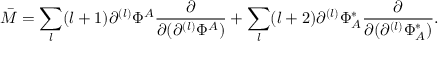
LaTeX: \bar { M } = \sum _ { l } ( l + 1 ) \partial ^ { ( l ) } \Phi ^ { A } \frac { \partial } { \partial ( \partial ^ { ( l ) } \Phi ^ { A } ) } + \sum _ { l } ( l + 2 ) \partial ^ { ( l ) } \Phi _ { A } ^ { * } \frac { \partial } { \partial ( \partial ^ { ( l ) } \Phi _ { A } ^ { * } ) } .